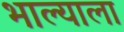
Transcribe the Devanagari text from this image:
भाल्याला